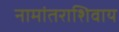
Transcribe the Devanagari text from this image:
नामांतराशिवाय